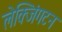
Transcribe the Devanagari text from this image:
लेक्जिंगटन